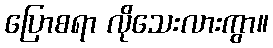
ပြောစရာ လိုသေးလားကွာ။